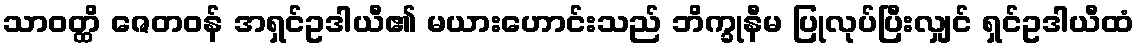
သာဝတ္ထိ ဇေတဝန် အရှင်ဥဒါယီ၏ မယားဟောင်းသည် ဘိက္ခုနီမ ပြုလုပ်ပြီးလျှင် ရှင်ဥဒါယီထံ